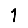
Digit: 1